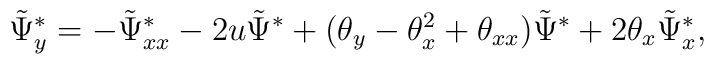
\tilde  \Psi_{y}^*= -\tilde  \Psi_{xx}^* -2 u \tilde  \Psi^* +( {\theta}_y -{\theta}_x^2  +{\theta}_{xx} )\tilde  \Psi^*     +2{\theta}_x\tilde  \Psi_x^*,